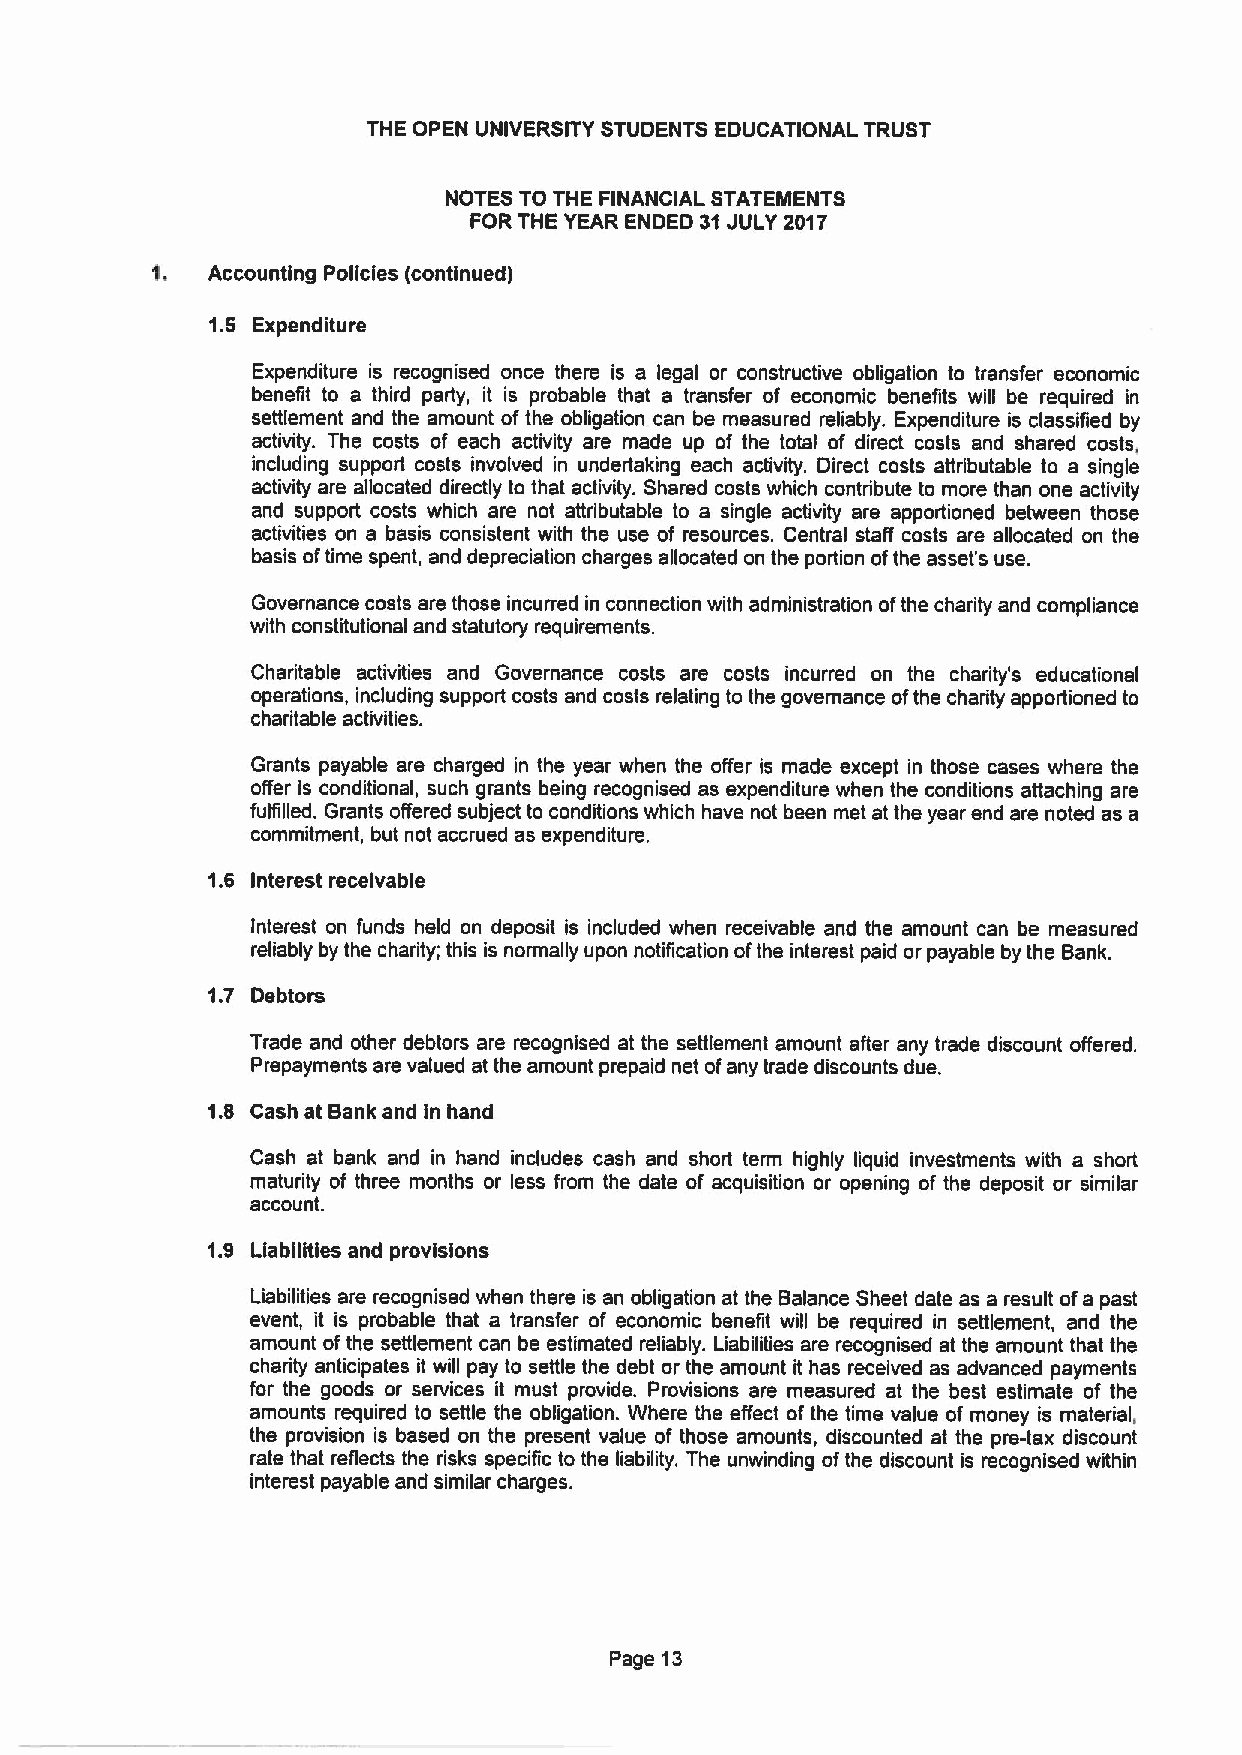
THE OPEN UNIVERSITY STUDENTS EDUCATIONAL TRUST
 NOTES TO THE FINANCIAL STATEMENTS
 FOR THE YEAR ENDED 31JULY 2017
 Accounting Policies (continued)
 1.5 Expenditure
 Expenditure is recognised once there is a legal or constructive obligation to transfer economic
 benefit to a third party, it is probable that a transfer of economic benefits will be required in
 settlement and the amount ofthe obligation can be measured reliably. Expenditure is classified by
 activity. The costs of each activity are made up of the total of direct costs and shared costs,
 including support costs involved in undertaking each activity. Direct costs attributable to a single
 activity are allocated directly to that activity. Shared costs which contribute to more than one activity
 and support costs which are not attributable to a single activity are apportioned between those
 activities on a basis consistent with the use of resources. Central staff costs are allocated on the
 basis oftime spent, and depreciation charges allocated on the portion ofthe asset's use.
 Governance costs are those incurred in connection with administration ofthe charity and compliance
 with constitutional and statutory requirements.
 Charitable activities and Governance costs are costs incurred on the charity's educational
 operations, including support costs and costs relating to the governance ofthe charity apportioned to
 charitable activities.
 Grants payable are charged in the year when the offer is made except in those cases where the
 offer is conditional, such grants being recognised as expenditure when the conditions attaching are
 fulfilled. Grants offered subject to conditions which have not been met at the year end are noted as a
 commitment, but not accrued as expenditure.
 1.6 Interest receivable
 Interest on funds held on deposit is included when receivable and the amount can be measured
 reliably by the charity; this is normally upon notification ofthe interest paid or payable by the Bank.
 1.7 Debtors
 Trade and other debtors are recognised at the settlement amount after any trade discount offered.
 Prepayments are valued at the amount prepaid net ofany trade discounts due.
 1.8 Cash at Bank and in hand
 Cash at bank and in hand includes cash and short term highly liquid investments with a short
 maturity of three months or less from the date of acquisition or opening of the deposit or similar
 account.
 1.9 Liabilities and provisions
 Liabilities are recognised when there is an obligation at the Balance Sheet date as a result ofa past
 event, it is probable that a transfer of economic benefit will be required in settlement, and the
 amount ofthe settlement can be estimated reliably. Liabilities are recognised at the amount that the
 charity anticipates it will pay to settle the debt or the amount it has received as advanced payments
 for the goods or services it must provide. Provisions are measured at the best estimate of the
 amounts required to settle the obligation. Where the effect of the time value of money is material,
 the provision is based on the present value of those amounts, discounted at the pre-tax discount
 rate that reflects the risks specific to the liability. The unwinding ofthe discount is recognised within
 interest payable and similar charges.
 Page 13